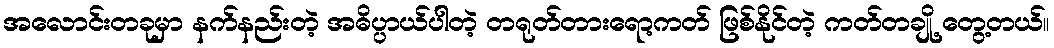
အလောင်းတခုမှာ နက်နည်းတဲ့ အဓိပ္ပာယ်ပါတဲ့ တရုတ်တားရော့ကတ် ဖြစ်နိုင်တဲ့ ကတ်တချို့ တွေ့တယ်။